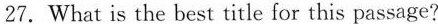
27. What is the best title for this passage?